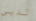
ثديي